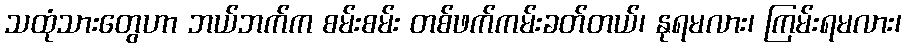
သထုံသားတွေဟာ ဘယ်ဘက်က စမ်းစမ်း တစ်ဖက်ကမ်းခတ်တယ်၊ နုရမလား၊ ကြမ်းရမလား၊